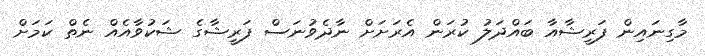
މާގިނައިން ފަރީޝާއާ ބައްދަލު ކުރަން އެރަށަށް ނާދެވުނަސް ފަރީޝާގެ ޝަކުވާއެއް ނެތް ކަމަށް